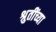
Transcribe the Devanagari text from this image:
श्रुतींच्या